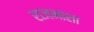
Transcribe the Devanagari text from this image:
राजभाशा